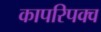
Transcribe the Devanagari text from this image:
कापरिपक्व